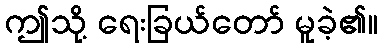
ဤသို့ ရေးခြယ်တော် မူခဲ့၏။